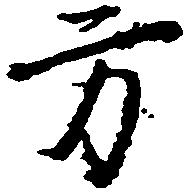
方